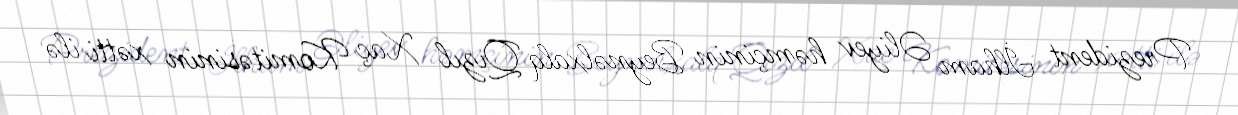
Prezident İlham Əliyev həmçinin Beynəlxalq Qızıl Xaç Komitəsinin xətti ilə